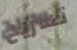
تسريح